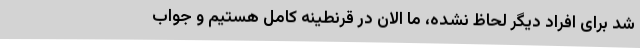
شد برای افراد دیگر لحاظ نشده، ما الان در قرنطینه کامل هستیم و جواب